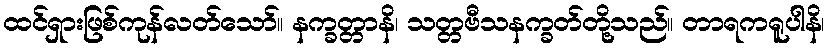
ထင်ရှားဖြစ်ကုန်လတ်သော်။ နက္ခတ္တာနိ၊ သတ္တဗီသနက္ခတ်တို့သည်။ တာရကရူပါနိ၊